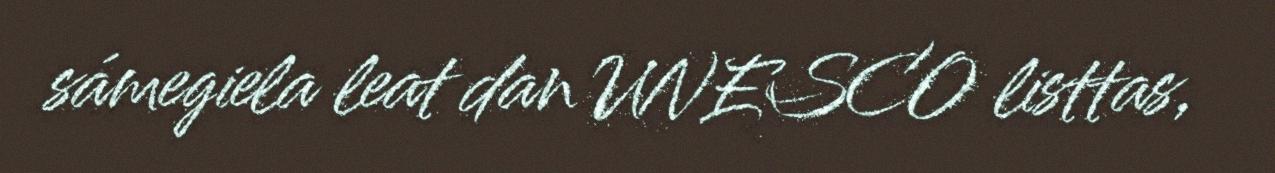
sámegiela leat dan UNESCO listtas,